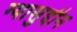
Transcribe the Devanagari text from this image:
ग्यासुद्दीन